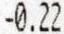
-0.22